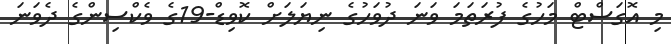
މި އޮގަސްޓް މަހުގެ ފުރަތަމަ ވަނަ ދުވަހުގެ ނިޔަލަށް ކޮވިޑް-19ގެ ވެކްސިންގެ ދެވަނަ